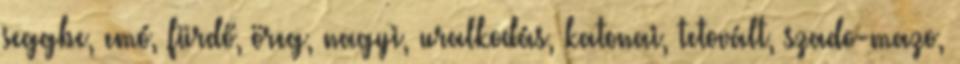
seggbe, emó, fürdő, öreg, nagyi, uralkodás, katonai, tetovált, szado-mazo,